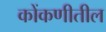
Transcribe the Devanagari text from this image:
कोंकणीतील